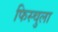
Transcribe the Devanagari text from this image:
फिस्‍चुला